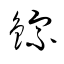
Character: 錝